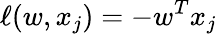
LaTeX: \ell(w,x_{j})=-w^{T}x_{j}